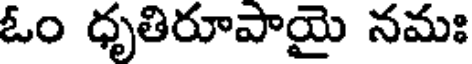
ఓం ధృతిరూపాయై నమః